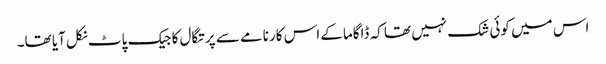
اس میں کوئی شک نہیں تھا کہ ڈاگاما کےاس کارنامے سے پرتگال کا جیک پاٹ نکل آیا تھا۔